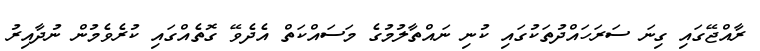
ރާއްޖޭގައި ގިނަ ސަރަހައްދުތަކުގައި ކުނި ނައްތާލުމުގެ މަސައްކަތް އެދެވޭ ގޮތެއްގައި ކުރެވެމުން ނުދާއިރު